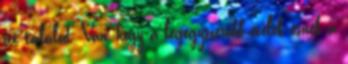
itt találod. Van, hogy a legegyszerűbb ételek esnek a